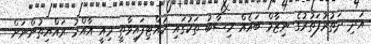
އަދި ދަތުރުފަތުރުގެ ނިޒާމް ބައެއް ހިސާބު ތަކުގައި ހުއްޓިފައިވާތީ މިއީ އާއްމު ރައްޔިތުންނަށް